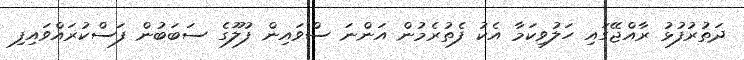
ދަތުރުފުޅު ރާއްޖޭގައި ހަލުވިކަމާ އެކު ފެތުރެމުން އަންނަ ސްވައިން ފުލޫގެ ސަބަބުން ފަސްކުރައްވައިފި